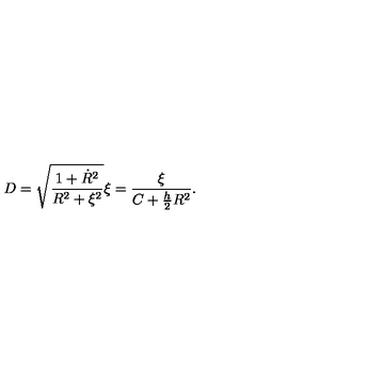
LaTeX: D = \sqrt { \frac { 1 + \dot { R } ^ { 2 } } { R ^ { 2 } + \xi ^ { 2 } } } \xi = \frac { \xi } { C + \frac { h } { 2 } R ^ { 2 } } .